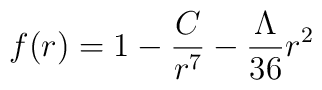
f(r) = 1 - \frac{C}{r^7} - \frac{\Lambda}{36}r^2